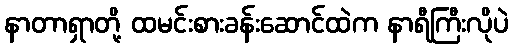
နာတာရှာတို့ ထမင်းစားခန်းဆောင်ထဲက နာရီကြီးလိုပဲ